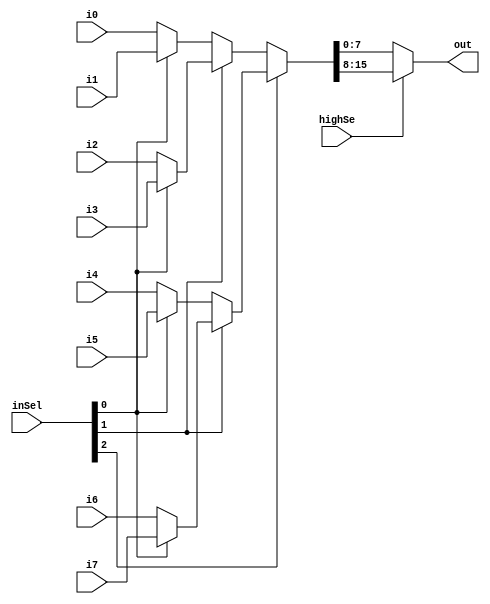
module debugOut(highSe, inSel, i0, i1, i2, i3, i4, i5, i6, i7, out);
input highSe;
input [2:0] inSel;
input [15:0] i0;
input [15:0] i1;
input [15:0] i2;
input [15:0] i3;
input [15:0] i4;
input [15:0] i5;
input [15:0] i6;
input [15:0] i7;

output [7:0] out;

wire [15:0] data;

assign data = inSel[2] ? (inSel[1] ? (inSel[0] ? (i7) : (i6)) : (inSel[0] ? (i5) : (i4))) : (inSel[1] ? (inSel[0] ? (i3) : (i2)) : (inSel[0] ? (i1) : (i0)));
assign out = highSe ? data[15:8] : data[7:0];
endmodule